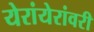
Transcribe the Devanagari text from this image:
येरांयेरांवरी